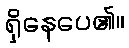
ရှိနေပေ၏။